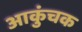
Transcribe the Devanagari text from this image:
आकुंचक